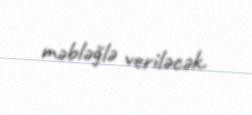
məbləğlə veriləcək.